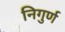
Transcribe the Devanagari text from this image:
निगुर्ण